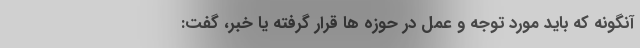
آنگونه که باید مورد توجه و عمل در حوزه ها قرار گرفته یا خبر، گفت: